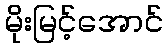
မိုးမြင့်အောင်